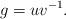
LaTeX: \begin{align*}g = uv^{-1}.\end{align*}